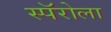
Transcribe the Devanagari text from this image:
स्पॅरोला